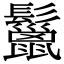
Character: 鬣